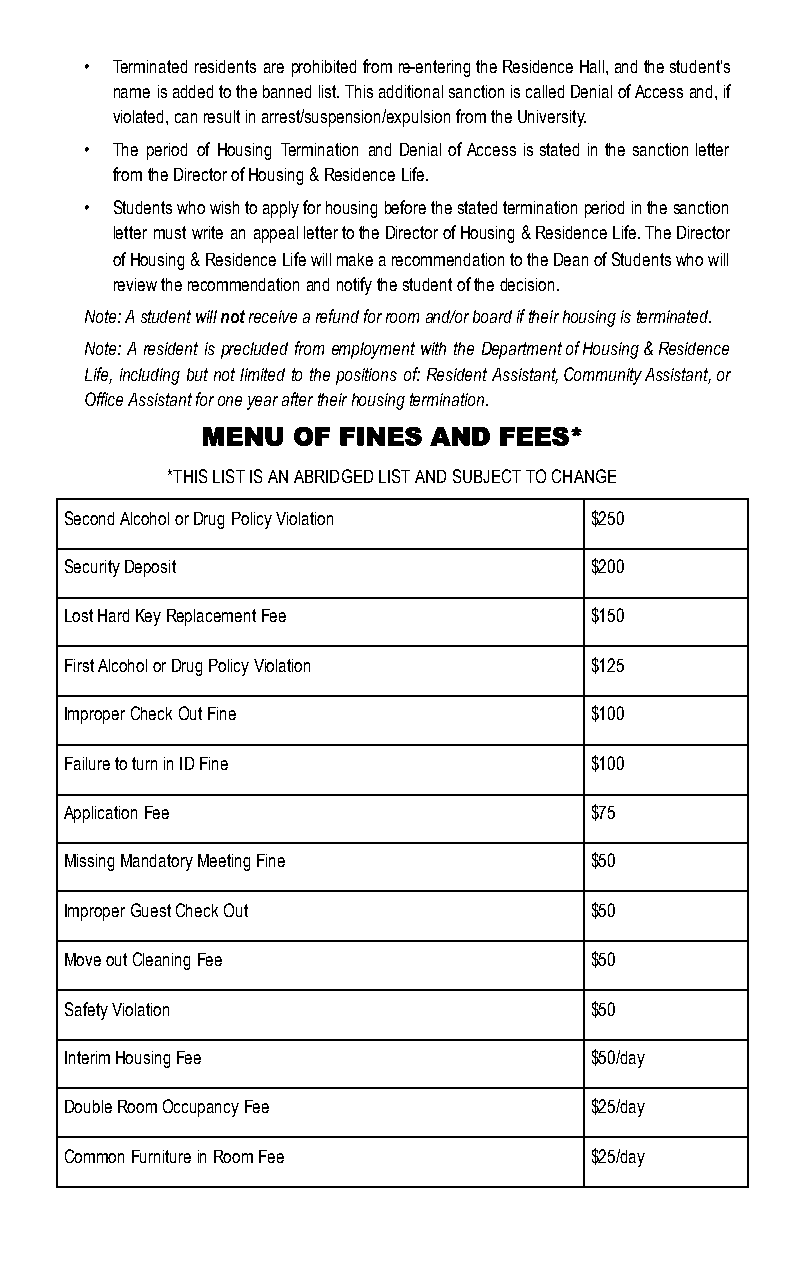
• Terminated residents are prohibited from re-entering the Residence Hall, and the student’s
 name is added to the banned list. This additional sanction is called Denial of Access and, if
 violated, can result in arrest/suspension/expulsion from the University.
 • The period of Housing Termination and Denial of Access is stated in the sanction letter
 from the Director of Housing & Residence Life.
 • Students who wish to apply for housing before the stated termination period in the sanction
 letter must write an appeal letter to the Director of Housing & Residence Life. The Director
 of Housing & Residence Life will make a recommendation to the Dean of Students who will
 review the recommendation and notify the student of the decision.
 Note: A student will n ot receive a refund for room and/or board if their housing is terminated.
 Note: A resident is precluded from employment with the Department of Housing & Residence
 Life, including but not limited to the positions of: Resident Assistant, Community Assistant, or
 Office Assistant for one year after their housing termination.
 MENU  OF FINES  AND FEES*
 *THIS LIST IS AN ABRIDGED LIST AND SUBJECT TO CHANGE
 Second Alcohol or Drug Policy Violation $250
 Security Deposit                   $200
 Lost Hard Key Replacement Fee      $150
 First Alcohol or Drug Policy Violation $125
 Improper Check Out Fine            $100
 Failure to turn in ID Fine         $100
 Application Fee                    $75
 Missing Mandatory Meeting Fine     $50
 Improper Guest Check Out           $50
 Move out Cleaning Fee              $50
 Safety Violation                   $50
 Interim Housing Fee                $50/day
 Double Room Occupancy Fee          $25/day
 Common Furniture in Room Fee       $25/day